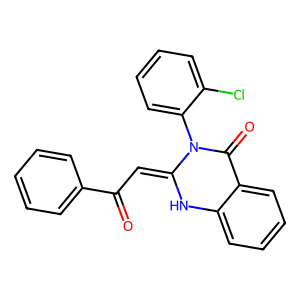
SMILES: O=C(C=C1Nc2ccccc2C(=O)N1c1ccccc1Cl)c1ccccc1
Inhibits HIV replication: No